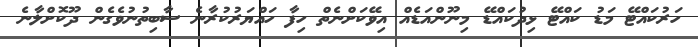
ހަރުކައްޓޭ މަޑު ކައްޓޭ ޅިދުކައްޑޭ މިނޫންއަޑެއް އިވޭކަށްނެތް ހިފާ ހައްޔަރުކުރާނެ ސާބިތުނުވެގެން ދޫކޮށްލާނެ